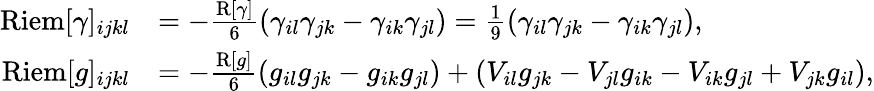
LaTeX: \begin{array}{rl}{\mathrm{Riem}[\gamma]_{ijkl}}&{=-\frac{\mathrm{R}[\gamma]}{6}(\gamma_{il}\gamma_{jk}-\gamma_{ik}\gamma_{jl})=\frac{1}{9}(\gamma_{il}\gamma_{jk}-\gamma_{ik}\gamma_{jl}),}\\ {\mathrm{Riem}[g]_{ijkl}}&{=-\frac{\mathrm{R}[g]}{6}(g_{il}g_{jk}-g_{ik}g_{jl})+(V_{il}g_{jk}-V_{jl}g_{ik}-V_{ik}g_{jl}+V_{jk}g_{il}),}\end{array}